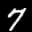
Label: 7